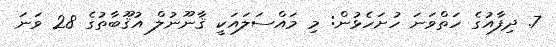
7. ދިފާއުގެ ހަތްވަނަ ހުށަހެޅުން: މި މައްސަލައަކީ ޤާނޫނުލް އުޤޫބާތުގެ 28 ވަނަ